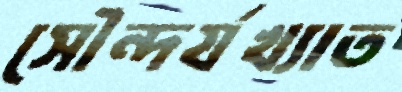
সৌন্দর্যখ্যাত